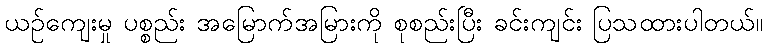
ယဉ်ကျေးမှု ပစ္စည်း အမြောက်အမြားကို စုစည်းပြီး ခင်းကျင်း ပြသထားပါတယ်။